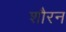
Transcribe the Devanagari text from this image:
शौरन